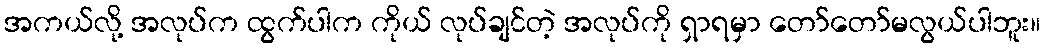
အကယ်လို့ အလုပ်က ထွက်ပါက ကိုယ် လုပ်ချင်တဲ့ အလုပ်ကို ရှာရမှာ တော်တော်မလွယ်ပါဘူး။